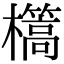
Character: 㰏